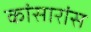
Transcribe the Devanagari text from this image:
कांसारांस